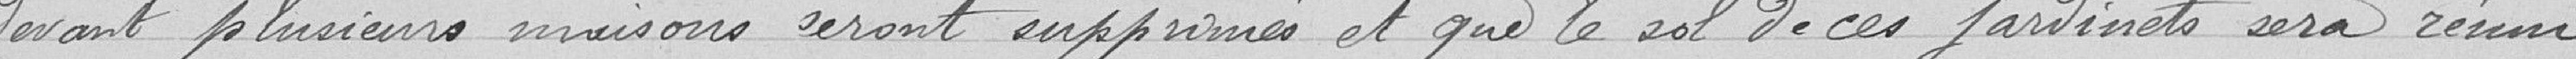
devant plusieurs maisons seront supprimés et que le sol de ces jardinets sera remis